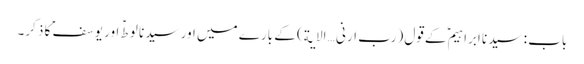
باب : سیدنا ابراہیمؑ کے قول (رب ارنی … الایة) کے بارے میں اور سیدنا لوطؑ اور یوسفؑ کا ذکر۔